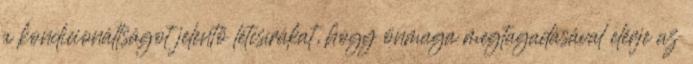
a kondicionáltságot jelentő létcsírákat, hogy önmaga megtagadásával elérje az